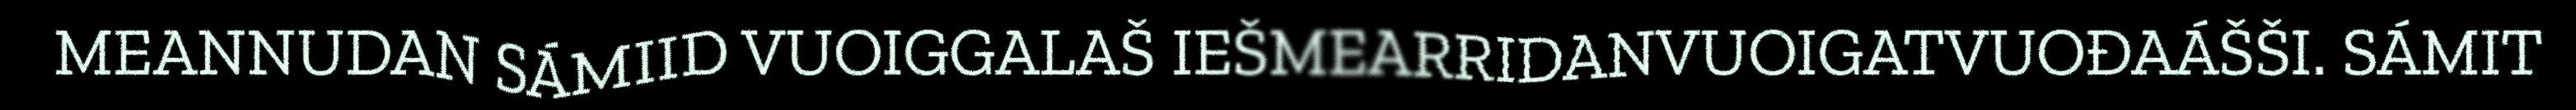
MEANNUDAN SÁMIID VUOIGGALAŠ IEŠMEARRIDANVUOIGATVUOĐAÁŠŠI. SÁMIT